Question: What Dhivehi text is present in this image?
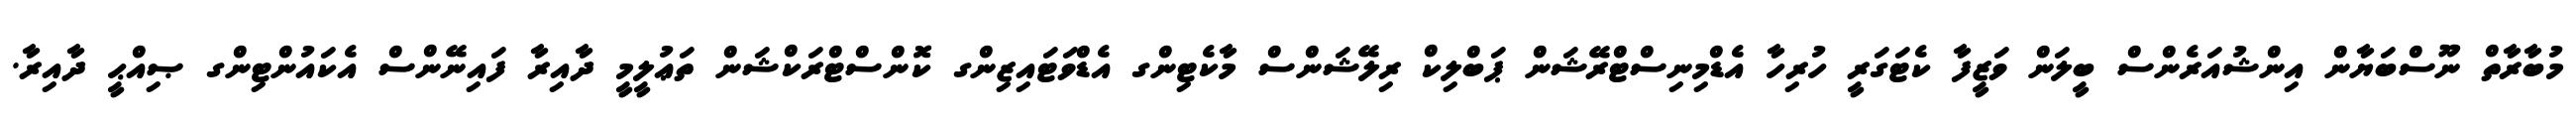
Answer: މުބާރާތް ނޫސްބަޔާން އިންޝުއަރެންސް ބީލަން ވަޒީފާ ކެޓަގަރީ ހުރިހާ އެޑްމިނިސްޓްރޭޝަން ޕަބްލިކް ރިލޭޝަންސް މާކެޓިންގ އެޑްވަޓައިޒިންގ ކޮންސްޓްރަކްޝަން ތަޢުލީމީ ދާއިރާ ފައިނޭންސް އެކައުންޓިންގ ޞިއްޙީ ދާއިރާ.